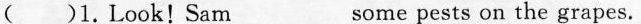
( )1.Look!Sam ___ some pests on the grapes.